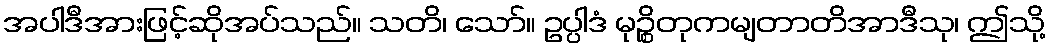
အပါဒီအားဖြင့်ဆိုအပ်သည်။ သတိ၊ သော်။ ဥပ္ပါဒံ မုဉ္စိတုကမျတာတိအာဒီသု၊ ဤသို့